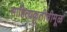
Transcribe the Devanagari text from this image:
साहित्यकृतीचीमूळ